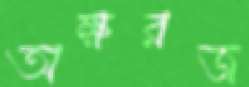
অক্ষরজ